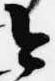
今